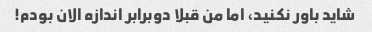
شاید باور نکنید، اما من قبلا دوبرابر اندازه الان بودم!